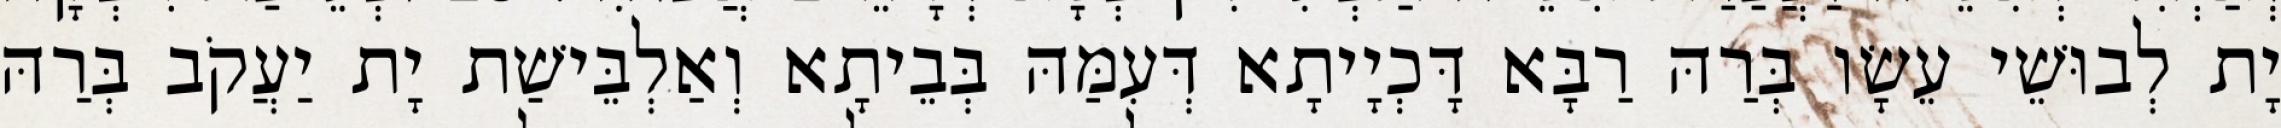
יָת לְבוּשֵׁי עֵשָׂו בְּרַהּ רַבָּא דָּכְיָיתָא דְּעִמַּהּ בְּבֵיתָא וְאַלְבֵּישַׁת יָת יַעֲקֹב בְּרַהּ